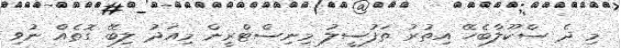
މި ދެ ސްކޫލާބެހޭ އިތުރު ތަފުސީލު މިިނިސްޓްރީން މިއަދު ލިބޭ ގޮތެއް ނުވި